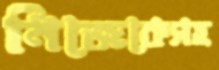
নিজেকেসহ